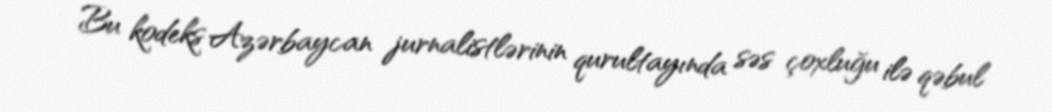
Bu kodeks Azərbaycan jurnalistlərinin qurultayında səs çoxluğu ilə qəbul